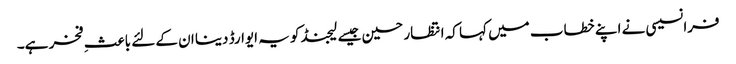
فرانسیسی نے اپنے خطاب میں کہا کہ انتظار حسین جیسے لیجنڈ کو یہ ایوارڈ دینا ان کے لئے باعثِ فخر ہے۔